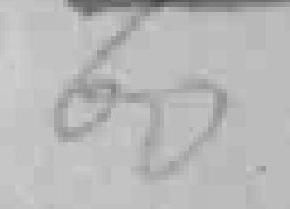
60